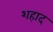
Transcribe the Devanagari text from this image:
शहाद